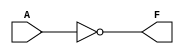
module single_variable_kmap (
    input wire A,      // Input variable
    output wire F      // Output function
);

// Define the logic function based on the K-map
// You can modify the logic here based on the desired output
// For example:
// F = 0;          // Constant zero
// F = 1;          // Constant one
// F = A;          // Identity function
// F = ~A;         // NOT operation

// Uncomment the desired logic function
// assign F = 0;   // Uncomment for constant zero
// assign F = 1;   // Uncomment for constant one
// assign F = A;   // Uncomment for identity function
assign F = ~A;     // Uncomment for NOT operation

endmodule